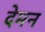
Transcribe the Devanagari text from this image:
देमन